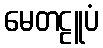
မေတဠူပံ